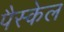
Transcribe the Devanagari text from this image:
पैस्केल